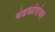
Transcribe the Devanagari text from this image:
बंडखोरांवर